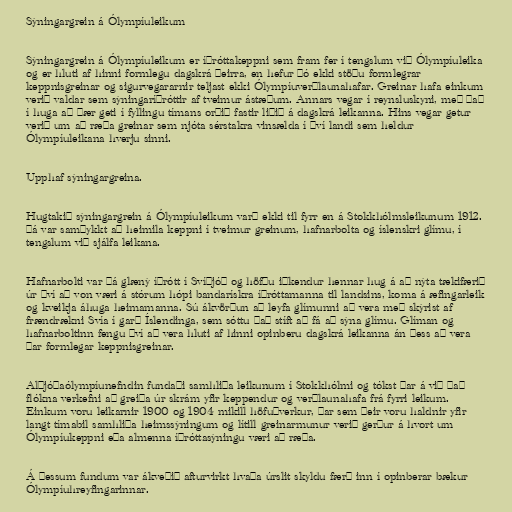
Sýningargrein á Ólympíuleikum

Sýningargrein á Ólympíuleikum er íþróttakeppni sem fram fer í tengslum við Ólympíuleika
og er hluti af hinni formlegu dagskrá þeirra, en hefur þó ekki stöðu formlegrar
keppnisgreinar og sigurvegararnir teljast ekki Ólympíuverðlaunahafar. Greinar hafa einkum
verið valdar sem sýningaríþróttir af tveimur ástæðum. Annars vegar í reynsluskyni, með það
í huga að þær geti í fyllingu tímans orðið fastir liðið á dagskrá leikanna. Hins vegar getur
verið um að ræða greinar sem njóta sérstakra vinsælda í því landi sem heldur
Ólympíuleikana hverju sinni.

Upphaf sýningargreina.

Hugtakið sýningargrein á Ólympíuleikum varð ekki til fyrr en á Stokkhólmsleikunum 1912.
Þá var samþykkt að heimila keppni í tveimur greinum, hafnarbolta og íslenskri glímu, í
tengslum við sjálfa leikana.

Hafnarbolti var þá glæný íþrótt í Svíþjóð og höfðu iðkendur hennar hug á að nýta tækifærið
úr því að von væri á stórum hópi bandarískra íþróttamanna til landsins, koma á æfingarleik
og kveikja áhuga heimamanna. Sú ákvörðun að leyfa glímunni að vera með skýrist af
frændrækni Svía í garð Íslendinga, sem sóttu það stíft að fá að sýna glímu. Glíman og
hafnarboltinn fengu því að vera hluti af hinni opinberu dagskrá leikanna án þess að vera
þar formlegar keppnisgreinar.

Alþjóðaólympíunefndin fundaði samhliða leikunum í Stokkhólmi og tókst þar á við það
flókna verkefni að greiða úr skrám yfir keppendur og verðlaunahafa frá fyrri leikum.
Einkum voru leikarnir 1900 og 1904 mikill höfuðverkur, þar sem þeir voru haldnir yfir
langt tímabil samhliða heimssýningum og lítill greinarmunur verið gerður á hvort um
Ólympíukeppni eða almenna íþróttasýningu væri að ræða.

Á þessum fundum var ákveðið afturvirkt hvaða úrslit skyldu færð inn í opinberar bækur
Ólympíuhreyfingarinnar.